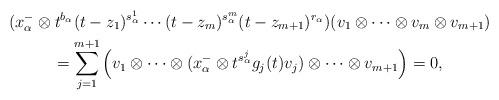
LaTeX: \begin{gather*}(x^-_\alpha\otimes t^{b_\alpha}(t-z_1)^{s_{\alpha}^1}\cdots(t-z_m)^{s_{\alpha}^m}(t-z_{m+1})^{r_\alpha})(v_1\otimes\cdots \otimes v_m\otimes v_{m+1} )\\=\sum_{j=1}^{m+1}\left(v_1\otimes\cdots\otimes(x^-_\alpha\otimes t^{s^j_{\alpha}} g_j(t) v_j)\otimes\cdots\otimes v_{m+1}\right)=0,\end{gather*}